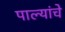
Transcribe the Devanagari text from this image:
पाल्यांचे